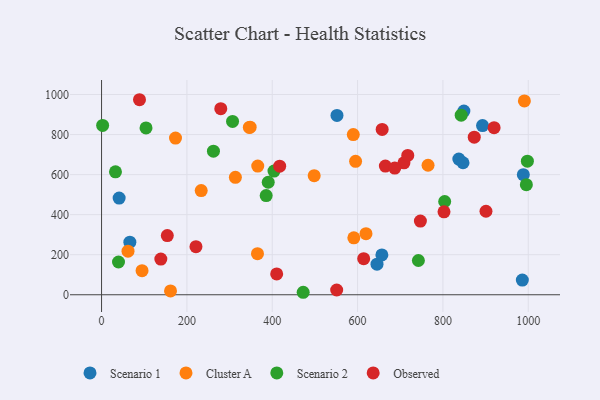
{"axis": {"x": "Price", "y": "Yield"}, "legend": ["Cluster A", "Observed", "Scenario 1", "Scenario 2"], "data": [{"x": "645.5", "y": 152.5, "type": "Scenario 1"}, {"x": "551.7", "y": 895.6, "type": "Scenario 1"}, {"x": "66.3", "y": 262.7, "type": "Scenario 1"}, {"x": "849.1", "y": 917.2, "type": "Scenario 1"}, {"x": "837.3", "y": 677.6, "type": "Scenario 1"}, {"x": "656.9", "y": 198.7, "type": "Scenario 1"}, {"x": "847.1", "y": 659.3, "type": "Scenario 1"}, {"x": "41.2", "y": 482.9, "type": "Scenario 1"}, {"x": "986.1", "y": 73.3, "type": "Scenario 1"}, {"x": "988.4", "y": 599.8, "type": "Scenario 1"}, {"x": "892.8", "y": 844.8, "type": "Scenario 1"}, {"x": "589.9", "y": 800.1, "type": "Cluster A"}, {"x": "591.2", "y": 284.4, "type": "Cluster A"}, {"x": "233.5", "y": 520.2, "type": "Cluster A"}, {"x": "173.3", "y": 782.3, "type": "Cluster A"}, {"x": "365.4", "y": 205.1, "type": "Cluster A"}, {"x": "366.0", "y": 642.7, "type": "Cluster A"}, {"x": "595.3", "y": 666.4, "type": "Cluster A"}, {"x": "161.6", "y": 18.9, "type": "Cluster A"}, {"x": "990.9", "y": 967.9, "type": "Cluster A"}, {"x": "313.6", "y": 586.6, "type": "Cluster A"}, {"x": "619.7", "y": 304.9, "type": "Cluster A"}, {"x": "765.1", "y": 646.6, "type": "Cluster A"}, {"x": "498.3", "y": 594.7, "type": "Cluster A"}, {"x": "94.9", "y": 120.5, "type": "Cluster A"}, {"x": "348.2", "y": 836.6, "type": "Cluster A"}, {"x": "62.0", "y": 217.7, "type": "Cluster A"}, {"x": "346.3", "y": 835.6, "type": "Cluster A"}, {"x": "472.5", "y": 12.4, "type": "Scenario 2"}, {"x": "742.5", "y": 171.0, "type": "Scenario 2"}, {"x": "997.9", "y": 667.2, "type": "Scenario 2"}, {"x": "404.1", "y": 617.8, "type": "Scenario 2"}, {"x": "32.6", "y": 613.9, "type": "Scenario 2"}, {"x": "995.5", "y": 549.6, "type": "Scenario 2"}, {"x": "385.8", "y": 495.1, "type": "Scenario 2"}, {"x": "390.6", "y": 561.9, "type": "Scenario 2"}, {"x": "104.2", "y": 833.0, "type": "Scenario 2"}, {"x": "842.8", "y": 896.8, "type": "Scenario 2"}, {"x": "39.7", "y": 163.6, "type": "Scenario 2"}, {"x": "307.0", "y": 865.7, "type": "Scenario 2"}, {"x": "2.5", "y": 845.6, "type": "Scenario 2"}, {"x": "262.2", "y": 717.2, "type": "Scenario 2"}, {"x": "804.1", "y": 465.7, "type": "Scenario 2"}, {"x": "657.6", "y": 825.8, "type": "Observed"}, {"x": "708.6", "y": 658.7, "type": "Observed"}, {"x": "717.6", "y": 695.6, "type": "Observed"}, {"x": "747.2", "y": 367.8, "type": "Observed"}, {"x": "551.0", "y": 23.8, "type": "Observed"}, {"x": "410.4", "y": 104.2, "type": "Observed"}, {"x": "614.3", "y": 180.3, "type": "Observed"}, {"x": "88.9", "y": 973.9, "type": "Observed"}, {"x": "221.2", "y": 239.9, "type": "Observed"}, {"x": "154.1", "y": 295.7, "type": "Observed"}, {"x": "919.9", "y": 834.3, "type": "Observed"}, {"x": "665.1", "y": 642.5, "type": "Observed"}, {"x": "900.9", "y": 416.9, "type": "Observed"}, {"x": "279.4", "y": 929.3, "type": "Observed"}, {"x": "138.9", "y": 178.1, "type": "Observed"}, {"x": "873.4", "y": 786.8, "type": "Observed"}, {"x": "687.1", "y": 632.6, "type": "Observed"}, {"x": "802.5", "y": 414.0, "type": "Observed"}, {"x": "417.4", "y": 642.1, "type": "Observed"}]}